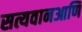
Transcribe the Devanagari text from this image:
सत्यवानआणि